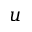
u